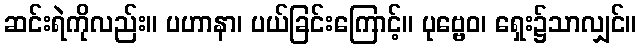
ဆင်းရဲကိုလည်း။ ပဟာနာ၊ ပယ်ခြင်းကြောင့်။ ပုဗ္ဗေဝ၊ ရှေး၌သာလျှင်။